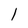
Character: l